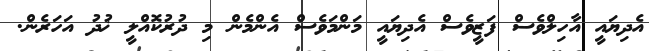
އެދިޔައީ އާހިލްވެސް ފަޒީވެސް އެދިޔައީ މަންމަވެސް އެންމެން މި ދުރުކޮއްލީ ޚުދު އަހަރެން.